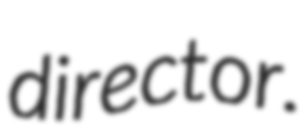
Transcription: director.